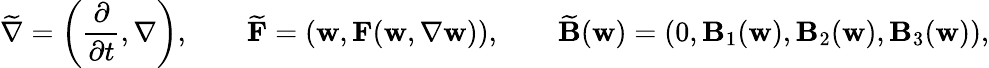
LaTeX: \widetilde{\nabla}=\left(\frac{\partial}{\partial t},\nabla\right),\qquad\widetilde{\mathbf{F}}=\left(\mathbf{w},\mathbf{F}(\mathbf{w},\nabla\mathbf{w})\right),\qquad\widetilde{\mathbf{B}}(\mathbf{w})=\left(0,\mathbf{B}_{1}(\mathbf{w}),\mathbf{B}_{2}(\mathbf{w}),\mathbf{B}_{3}(\mathbf{w})\right),